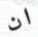
ان